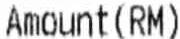
AMOUNT(RM)